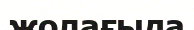
жолағыда